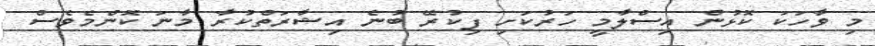
މި ވާހަކަ ކޮޅުން އިސްލާމީ ހަރުކަށި ފިކުރޭ ބުނެ އިޝާރަތްކުރާ މާނަ ކޮންމެވެސް